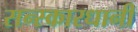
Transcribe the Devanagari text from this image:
सन्स्कारधानी